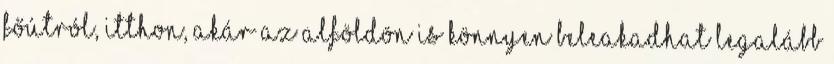
főútról, itthon, akár az Alföldön is könnyen beleakadhat legalább